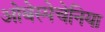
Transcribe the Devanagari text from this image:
ओबेस्पेचेनिया